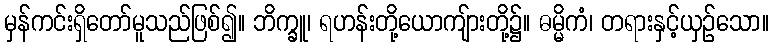
မှန်ကင်းရှိတော်မူသည်ဖြစ်၍။ ဘိက္ခူ၊ ရဟန်းတို့ယောကျ်ားတို့၌။ ဓမ္မိကံ၊ တရားနှင့်ယှဉ်သော။